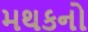
મથકનો